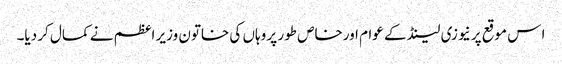
ا س موقع پر نیوزی لینڈ کے عوام اورخاص طور پر وہاں کی خاتون وزیر اعظم نے کمال کر دیا۔